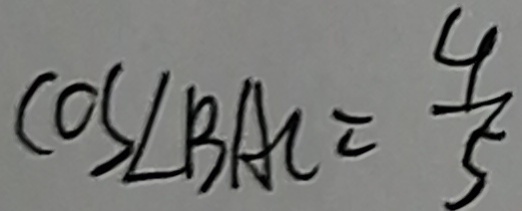
\cos \angle B A C = \frac { 4 } { 5 }